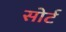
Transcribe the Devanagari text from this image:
सोर्ट